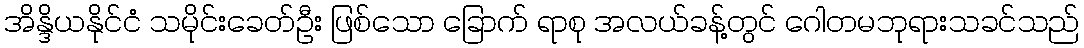
အိန္ဒိယနိုင်ငံ သမိုင်းခေတ်ဦး ဖြစ်သော ခြောက် ရာစု အလယ်ခန့်တွင် ဂေါတမဘုရားသခင်သည်